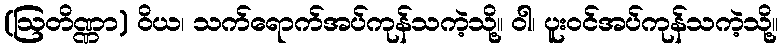
(ဩတိဏ္ဏာ) ဝိယ၊ သက်ရောက်အပ်ကုန်သကဲ့သို့။ ဝါ၊ ပူးဝင်အပ်ကုန်သကဲ့သို့။